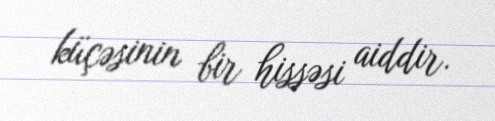
küçəsinin bir hissəsi aiddir.